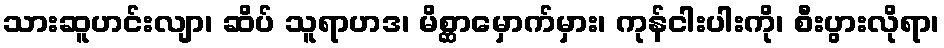
သားဆူဟင်းလျာ၊ ဆိပ် သူရာဟဒ၊ မိစ္ဆာမှောက်မှား၊ ကုန်ငါးပါးကို၊ စီးပွားလိုရာ၊